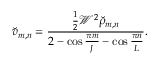
\breve { v } _ { m , n } = \frac { \frac { 1 } { 2 } \mathcal { W } ^ { 2 } { \breve { \rho } } _ { m , n } } { 2 - \cos \frac { \pi m } { J } - \cos \frac { \pi n } { L } } .